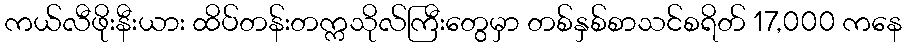
ကယ်လီဖိုးနီးယား ထိပ်တန်းတက္ကသိုလ်ကြီးတွေမှာ တစ်နှစ်စာသင်စရိတ် 17,000 ကနေ